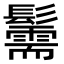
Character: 䰑